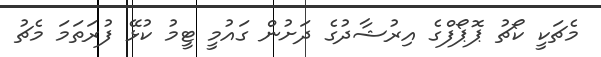
މެޗަކީ ކޯޗު ޕޮޕޯފްގެ އިރުޝާދުގެ ދަށުން ގައުމީ ޓީމު ކުޅޭ ފުރަތަމަ މެޗު